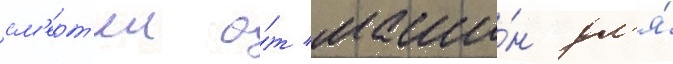
см'ерт'еи о́т маши́н дл'я́